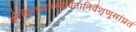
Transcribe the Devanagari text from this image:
त्रीणिसंचयनस्यार्थेतानिवैशृणुसांप्रतं